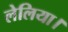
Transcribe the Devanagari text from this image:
लेलिया।